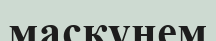
маскүнем